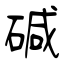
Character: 碱